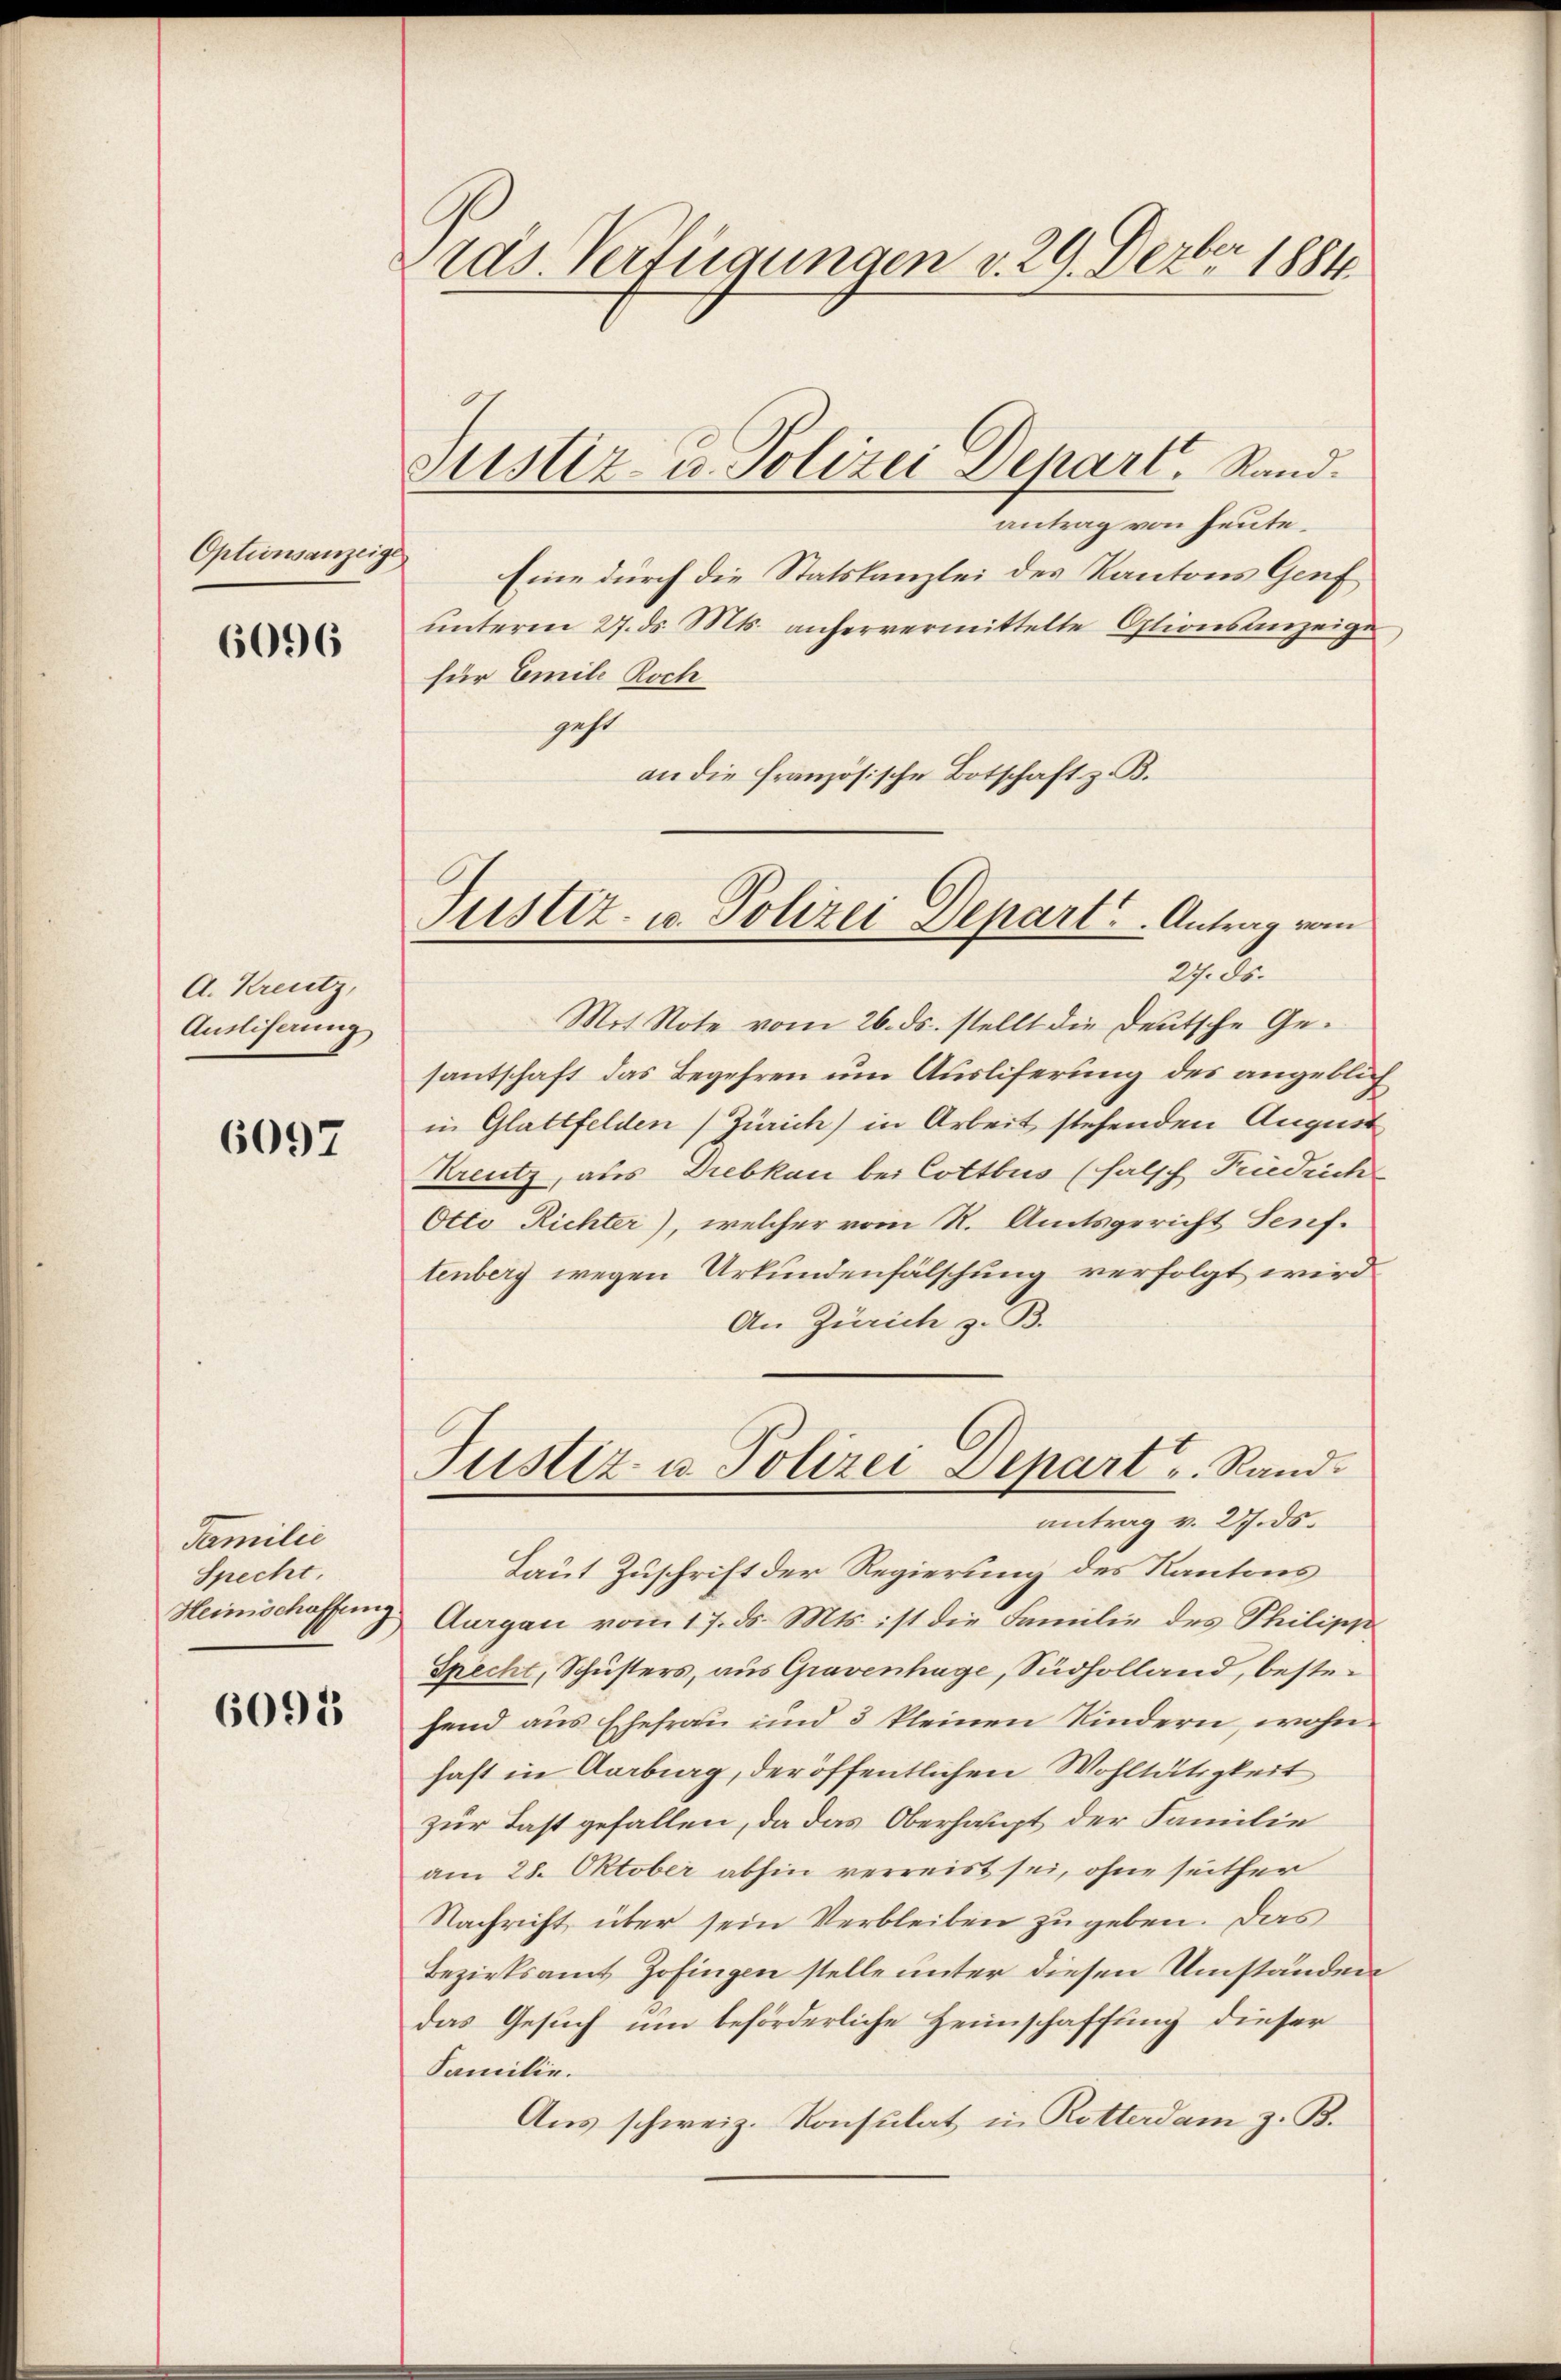
Opteinsanzeige

6096

A. Kreutz,
Ausliferung

6097

Familie
Specht.
Heimschaffung

6098

Präs. Verfügungen d. 29. Dezbr 1884

antrag von heute.
Eine durch die Statskanzlei des Kantons Genf
unterm 27. ds. Mts. anfervermittelte Optionsanzeige
für Emile Roch
geht
an die französische Botschaft z. B.

Justiz- u. Polizei Depart, Rand.

Mot Note vom 26. ds. stellt die Deutsche Gesantschaft das Begehren um Ausliferung des angeblich
in Glattfelden (Zürich) in Arbeit stehenden August
Kreutz, aus Drebkan bei Cottbus (falsch Friedrich
Otto Richter), welcher vom R. Amtsgericht Senf.
tenberg wegen Urkundenfälschung verfolgt wird
An Zürich z. B.
Laut Zuschrift der Regierung des Kantons
Aurgau vom 17. ds. Mts. ist die Familie des Philipp
Specht, Schusters, aus Gravenhage, Südholland, bestefend aus Ehefrau und 3 kleinen Kindern, wohn
haft in Aarburg, der öffentlichen Wohltätigkeit
zur Last gefallen, da das Oberhaupt der Familie
am 28. Oktober abhin verreist sei, ohne seither
Nachricht über sein Verbleiben zugeben. Das
Bezirksamt Zofingen stelle unter diesen Umständen
das Gesuch um beförderliche Heimschaffung dieser
Familie.
Aus schweiz. Konsulat in Rotterdam z. B.

Justiz- u. Polizei Depart. Antrag vom
2.

Justiz- u. Polizei Depart u. Rand.
antrag v. 27. ds.